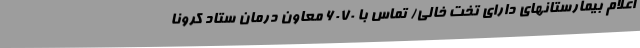
اعلام بیمارستانهای دارای تخت خالی/ تماس با 6070 معاون درمان ستاد کرونا